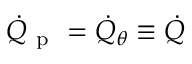
\dot { Q } _ { \mathrm { ~ p ~ } } = \dot { Q } _ { \theta } \equiv \dot { Q }